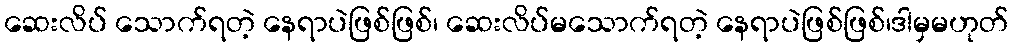
ဆေးလိပ် သောက်ရတဲ့ နေရာပဲဖြစ်ဖြစ်၊ ဆေးလိပ်မသောက်ရတဲ့ နေရာပဲဖြစ်ဖြစ်၊ဒါမှမဟုတ်